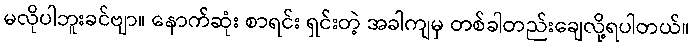
မလိုပါဘူးခင်ဗျာ။ နောက်ဆုံး စာရင်း ရှင်းတဲ့ အခါကျမှ တစ်ခါတည်းချေလို့ရပါတယ်။